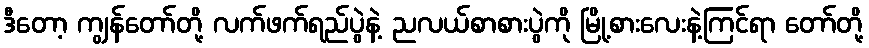
ဒီတော့ ကျွန်တော်တို့ လက်ဖက်ရည်ပွဲနဲ့ ညလယ်စာစားပွဲကို မြို့စားလေးနဲ့ကြင်ရာ တော်တို့